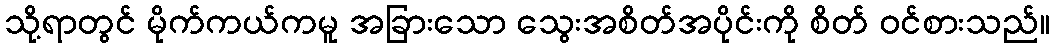
သို့ရာတွင် မိုက်ကယ်ကမူ အခြားသော သွေးအစိတ်အပိုင်းကို စိတ် ဝင်စားသည်။